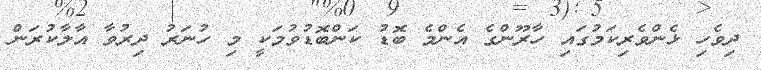
ދިވެހި ޅެންވެރިކަމުގައި ހާރޫންގެ އެންމެ ބޮޑު ކަންބޮޑުވުމަކީ މި ހުނަރު ދިރުވާ އާލާކުރަން